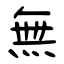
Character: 無